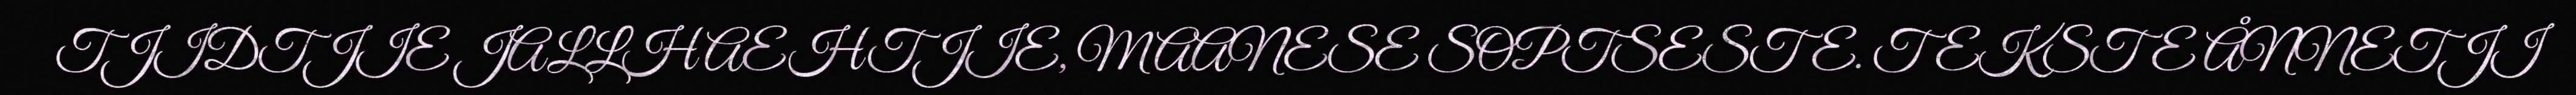
TJIDTJIE JALLH AEHTJIE, MAANESE SOPTSESTE. TEKSTE ÅNNETJI